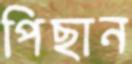
পিছান